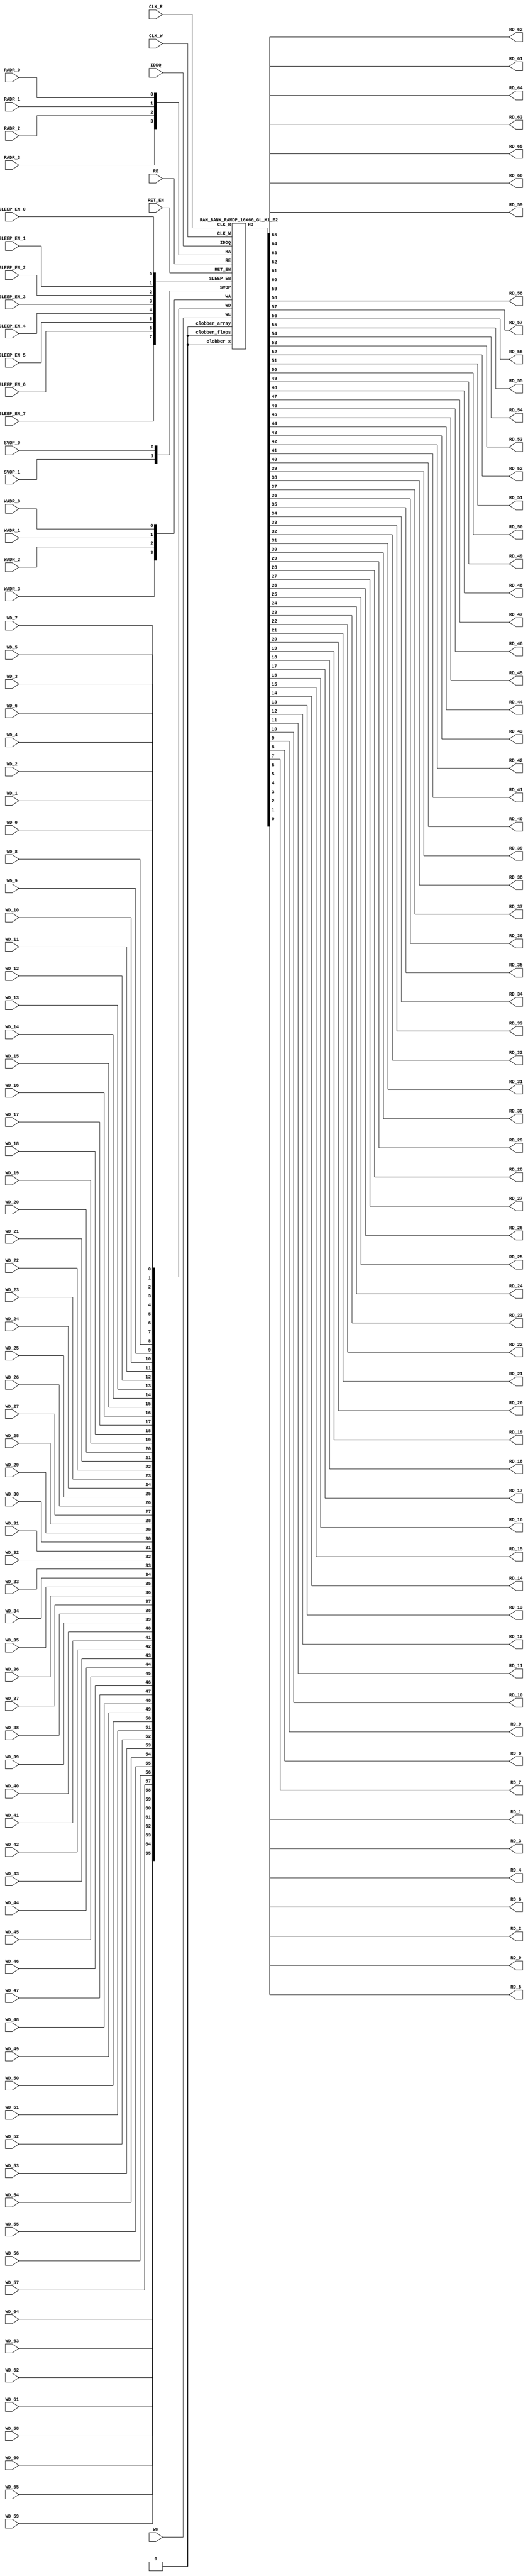
//RAM : RAMDP_16X66_GL_M1_E2
//Technology : TSMC16FFLR
//Compiler version: FINAL.1 - 2017-05-23.14:46:11
`timescale 10ps/1ps
`celldefine
module RAMDP_16X66_GL_M1_E2 (CLK_R, CLK_W, RE, WE
 , RADR_3, RADR_2, RADR_1, RADR_0
    , WADR_3, WADR_2, WADR_1, WADR_0
 , WD_65, WD_64, WD_63, WD_62, WD_61, WD_60, WD_59, WD_58, WD_57, WD_56, WD_55, WD_54, WD_53, WD_52, WD_51, WD_50, WD_49, WD_48, WD_47, WD_46, WD_45, WD_44, WD_43, WD_42, WD_41, WD_40, WD_39, WD_38, WD_37, WD_36, WD_35, WD_34, WD_33, WD_32, WD_31, WD_30, WD_29, WD_28, WD_27, WD_26, WD_25, WD_24, WD_23, WD_22, WD_21, WD_20, WD_19, WD_18, WD_17, WD_16, WD_15, WD_14, WD_13, WD_12, WD_11, WD_10, WD_9, WD_8, WD_7, WD_6, WD_5, WD_4, WD_3, WD_2, WD_1, WD_0
 , RD_65, RD_64, RD_63, RD_62, RD_61, RD_60, RD_59, RD_58, RD_57, RD_56, RD_55, RD_54, RD_53, RD_52, RD_51, RD_50, RD_49, RD_48, RD_47, RD_46, RD_45, RD_44, RD_43, RD_42, RD_41, RD_40, RD_39, RD_38, RD_37, RD_36, RD_35, RD_34, RD_33, RD_32, RD_31, RD_30, RD_29, RD_28, RD_27, RD_26, RD_25, RD_24, RD_23, RD_22, RD_21, RD_20, RD_19, RD_18, RD_17, RD_16, RD_15, RD_14, RD_13, RD_12, RD_11, RD_10, RD_9, RD_8, RD_7, RD_6, RD_5, RD_4, RD_3, RD_2, RD_1, RD_0
    , IDDQ
 , SVOP_1, SVOP_0
    , SLEEP_EN_7, SLEEP_EN_6, SLEEP_EN_5, SLEEP_EN_4, SLEEP_EN_3, SLEEP_EN_2, SLEEP_EN_1, SLEEP_EN_0, RET_EN
);
// nvProps NoBus SLEEP_EN_
`ifndef RAM_INTERFACE
`ifndef EMULATION
`ifndef SYNTHESIS
// Physical ram size defined as localparam
localparam phy_rows = 16;
localparam phy_cols = 66;
localparam phy_rcols_pos = 66'b0;
`endif //ndef SYNTHESIS
`endif //EMULATION
`endif //ndef RAM_INTERFACE
input CLK_R, CLK_W, RE, WE
 , RADR_3, RADR_2, RADR_1, RADR_0
    , WADR_3, WADR_2, WADR_1, WADR_0
 , WD_65, WD_64, WD_63, WD_62, WD_61, WD_60, WD_59, WD_58, WD_57, WD_56, WD_55, WD_54, WD_53, WD_52, WD_51, WD_50, WD_49, WD_48, WD_47, WD_46, WD_45, WD_44, WD_43, WD_42, WD_41, WD_40, WD_39, WD_38, WD_37, WD_36, WD_35, WD_34, WD_33, WD_32, WD_31, WD_30, WD_29, WD_28, WD_27, WD_26, WD_25, WD_24, WD_23, WD_22, WD_21, WD_20, WD_19, WD_18, WD_17, WD_16, WD_15, WD_14, WD_13, WD_12, WD_11, WD_10, WD_9, WD_8, WD_7, WD_6, WD_5, WD_4, WD_3, WD_2, WD_1, WD_0
    , SLEEP_EN_7, SLEEP_EN_6, SLEEP_EN_5, SLEEP_EN_4, SLEEP_EN_3, SLEEP_EN_2, SLEEP_EN_1, SLEEP_EN_0, RET_EN
    , IDDQ
 , SVOP_1, SVOP_0;
output RD_65, RD_64, RD_63, RD_62, RD_61, RD_60, RD_59, RD_58, RD_57, RD_56, RD_55, RD_54, RD_53, RD_52, RD_51, RD_50, RD_49, RD_48, RD_47, RD_46, RD_45, RD_44, RD_43, RD_42, RD_41, RD_40, RD_39, RD_38, RD_37, RD_36, RD_35, RD_34, RD_33, RD_32, RD_31, RD_30, RD_29, RD_28, RD_27, RD_26, RD_25, RD_24, RD_23, RD_22, RD_21, RD_20, RD_19, RD_18, RD_17, RD_16, RD_15, RD_14, RD_13, RD_12, RD_11, RD_10, RD_9, RD_8, RD_7, RD_6, RD_5, RD_4, RD_3, RD_2, RD_1, RD_0;
`ifndef RAM_INTERFACE
//assemble & rename wires
 wire [3:0] RA = {RADR_3, RADR_2, RADR_1, RADR_0};
 wire [3:0] WA = {WADR_3, WADR_2, WADR_1, WADR_0};
 wire [65:0] WD = {WD_65, WD_64, WD_63, WD_62, WD_61, WD_60, WD_59, WD_58, WD_57, WD_56, WD_55, WD_54, WD_53, WD_52, WD_51, WD_50, WD_49, WD_48, WD_47, WD_46, WD_45, WD_44, WD_43, WD_42, WD_41, WD_40, WD_39, WD_38, WD_37, WD_36, WD_35, WD_34, WD_33, WD_32, WD_31, WD_30, WD_29, WD_28, WD_27, WD_26, WD_25, WD_24, WD_23, WD_22, WD_21, WD_20, WD_19, WD_18, WD_17, WD_16, WD_15, WD_14, WD_13, WD_12, WD_11, WD_10, WD_9, WD_8, WD_7, WD_6, WD_5, WD_4, WD_3, WD_2, WD_1, WD_0};
 wire [65:0] RD;
 assign {RD_65, RD_64, RD_63, RD_62, RD_61, RD_60, RD_59, RD_58, RD_57, RD_56, RD_55, RD_54, RD_53, RD_52, RD_51, RD_50, RD_49, RD_48, RD_47, RD_46, RD_45, RD_44, RD_43, RD_42, RD_41, RD_40, RD_39, RD_38, RD_37, RD_36, RD_35, RD_34, RD_33, RD_32, RD_31, RD_30, RD_29, RD_28, RD_27, RD_26, RD_25, RD_24, RD_23, RD_22, RD_21, RD_20, RD_19, RD_18, RD_17, RD_16, RD_15, RD_14, RD_13, RD_12, RD_11, RD_10, RD_9, RD_8, RD_7, RD_6, RD_5, RD_4, RD_3, RD_2, RD_1, RD_0} = RD;
 wire [1:0] SVOP = {SVOP_1, SVOP_0};
    wire [7:0] SLEEP_EN = {SLEEP_EN_7, SLEEP_EN_6, SLEEP_EN_5, SLEEP_EN_4, SLEEP_EN_3, SLEEP_EN_2, SLEEP_EN_1, SLEEP_EN_0};
`ifndef EMULATION
`ifndef SYNTHESIS
//State point clobering signals:
    wire check_x = (SVOP_0 ^ SVOP_1);
    wire clobber_x;
    assign clobber_x = ((check_x === 1'bx) || (check_x === 1'bz)) ? 1'b1 : 1'b0;
    wire clobber_array = ((|SLEEP_EN) & ~RET_EN) | clobber_x;
    wire clobber_flops = (|SLEEP_EN) | clobber_x;
    integer i;
    always @(clobber_array) begin
      if (clobber_array) begin
      for (i=0; i<16; i=i+1) begin
          ITOP.io.array[i] <= 66'bx;
      end
      end
    end
//VCS coverage off
    always @(clobber_flops) begin
        if (clobber_flops) begin
        ITOP.we_lat <= 1'bx;
        ITOP.wa_lat <= 4'bx;
        ITOP.wd_lat <= 66'bx;
        ITOP.re_lat <= 1'bx;
        ITOP.ra_lat <= 4'bx;
        ITOP.io.r0_dout_tmp <= 66'b0;
        end
    end
//VCS coverage on
//VCS coverage off
`ifdef NV_RAM_ASSERT
//first reset signal for nv_assert_module:
    reg sim_reset;
    initial begin: init_sim_reset
        sim_reset = 0;
        #6 sim_reset = 1;
    end
    reg rst_clk;
    initial begin: init_rst_clk
        rst_clk = 0;
        #2 rst_clk = 1;
        #4 rst_clk = 0;
    end
//internal weclk|reclk gating signal:
    wire weclk_gating = ITOP.we_lat & ~IDDQ;
    wire reclk_gating = ITOP.re_lat & ~IDDQ;
//Assertion checks for power sequence of G-option RAMDP:
//weclk_gating after 2 clk
    reg weclk_gating_1p, weclk_gating_2p;
    always @(posedge CLK_W) begin
        weclk_gating_1p <= weclk_gating;
        weclk_gating_2p <= weclk_gating_1p;
    end
//reclk_gating after 2 clk
    reg reclk_gating_1p, reclk_gating_2p;
    always @(posedge CLK_R) begin
        reclk_gating_1p <= reclk_gating;
        reclk_gating_2p <= reclk_gating_1p;
    end
//RET_EN off after 2 CLK_W
    reg ret_en_w_1p, ret_en_w_2p;
    always @(posedge CLK_W or posedge RET_EN) begin
        if(RET_EN)
            begin
                ret_en_w_1p <= 1'b1;
                ret_en_w_2p <= 1'b1;
            end
        else
            begin
                ret_en_w_1p <= RET_EN;
                ret_en_w_2p <= ret_en_w_1p;
            end
    end
//RET_EN off after 2 CLK_R
    reg ret_en_r_1p, ret_en_r_2p;
    always @(posedge CLK_R or posedge RET_EN) begin
        if(RET_EN)
            begin
                ret_en_r_1p <= 1'b1;
                ret_en_r_2p <= 1'b1;
            end
        else
            begin
                ret_en_r_1p <= RET_EN;
                ret_en_r_2p <= ret_en_r_1p;
            end
    end
    wire sleep_en_or = (|SLEEP_EN) ;
//SLEEP_EN off after 2 CLK_W
    reg sleep_en_off_w_1p, sleep_en_off_w_2p;
    always @(posedge CLK_W or posedge sleep_en_or) begin
        if(sleep_en_or)
            begin
                sleep_en_off_w_1p <= 1'b1;
                sleep_en_off_w_2p <= 1'b1;
            end
        else
            begin
                sleep_en_off_w_1p <= sleep_en_or;
                sleep_en_off_w_2p <= sleep_en_off_w_1p;
            end
    end
//SLEEP_EN off after 2 CLK_R
    reg sleep_en_off_r_1p, sleep_en_off_r_2p;
    always @(posedge CLK_R or posedge sleep_en_or) begin
        if(sleep_en_or)
            begin
                sleep_en_off_r_1p <= 1'b1;
                sleep_en_off_r_2p <= 1'b1;
            end
        else
            begin
                sleep_en_off_r_1p <= |sleep_en_or;
                sleep_en_off_r_2p <= sleep_en_off_r_1p;
            end
    end
//#1 From function mode to retention mode:
//Power-S1.1:illegal assert RET_EN after asserting SLEEP_EN
    wire disable_power_assertion_S1P1 = $test$plusargs("disable_power_assertions_globally") | $test$plusargs("disable_power_assertion_assert_RET_EN_after_SLEEP_EN_on_when_function2retention");
    nv_assert_never #(0,0, "Power-S1.1:illegal assert RET_EN after asserting SLEEP_EN") inst_S1P1 (RET_EN ^ rst_clk, ~disable_power_assertion_S1P1 & sim_reset, (|SLEEP_EN));
//Power-S1.2:illegal assert RET_EN without 2 nop-CLK
    wire disable_power_assertion_S1P2 = $test$plusargs("disable_power_assertions_globally") | $test$plusargs("disable_power_assertion_assert_RET_EN_without_2_nop_CLK");
    nv_assert_never #(0,0, "Power-S1.2:illegal assert RET_EN without 2 nop-CLK") inst_S1P2 (RET_EN ^ rst_clk, ~disable_power_assertion_S1P2 & sim_reset, weclk_gating | weclk_gating_1p | weclk_gating_2p | reclk_gating | reclk_gating_1p | reclk_gating_2p);
//#2 From retention mode to function mode:
//Power-S2.1:illegal write without 2 nop-CLK after de-asserting RET_EN
    wire disable_power_assertion_S2P1 = $test$plusargs("disable_power_assertions_globally") | $test$plusargs("disable_power_assertion_write_without_2_nop_CLK_after_retention2function");
    nv_assert_never #(0,0, "Power-S2.1:illegal write without 2 nop-CLK after de-asserting RET_EN") inst_S2P1 (CLK_W ^ rst_clk, ~disable_power_assertion_S2P1 & sim_reset, ~RET_EN & ret_en_w_2p & weclk_gating);
//Power-S2.2:illegal read without 2 nop-CLK after de-asserting RET_EN
    wire disable_power_assertion_S2P2 = $test$plusargs("disable_power_assertions_globally") | $test$plusargs("disable_power_assertion_read_without_2_nop_CLK_after_retention2function");
    nv_assert_never #(0,0, "Power-S2.2:illegal read without 2 nop-CLK after de-asserting RET_EN") inst_S2P2 (CLK_R ^ rst_clk, ~disable_power_assertion_S2P2 & sim_reset, ~RET_EN & ret_en_r_2p & reclk_gating);
//#3 From function mode to sleep mode:
//Power-S3.2:illegal assert SLEEP_EN without 2 nop-CLK
    wire disable_power_assertion_S3P2 = $test$plusargs("disable_power_assertions_globally") | $test$plusargs("disable_power_assertion_assert_SLEEP_EN_without_2_nop_CLK");
    nv_assert_never #(0,0, "Power-S3.2:illegal assert SLEEP_EN without 2 nop-CLK") inst_S3P2 ((|SLEEP_EN) ^ rst_clk, ~disable_power_assertion_S3P2 & sim_reset, weclk_gating | weclk_gating_1p | weclk_gating_2p | reclk_gating | reclk_gating_1p | reclk_gating_2p);
//#4 From sleep mode to function mode:
//Power-S4.1:illegal write without 2 nop-CLK after switching from sleep mode to function mode
    wire disable_power_assertion_S4P1 = $test$plusargs("disable_power_assertions_globally") | $test$plusargs("disable_power_assertion_write_without_2_nop_CLK_after_sleep2function");
    nv_assert_never #(0,0, "Power-S4.1:illegal write without 2 nop-CLK after switching from sleep mode to function mode") inst_S4P1 (CLK_W ^ rst_clk, ~disable_power_assertion_S4P1 & sim_reset, ~(|SLEEP_EN) & sleep_en_off_w_2p & weclk_gating);
//Power-S4.2:illegal read without 2 nop-CLK after switching from sleep mode to function mode
    wire disable_power_assertion_S4P2 = $test$plusargs("disable_power_assertions_globally") | $test$plusargs("disable_power_assertion_read_without_2_nop_after_sleep2function");
    nv_assert_never #(0,0, "Power-S4.2:illegal read without 2 nop-CLK after switching from sleep mode to function mode") inst_S4P2 (CLK_R ^ rst_clk, ~disable_power_assertion_S4P2 & sim_reset, ~(|SLEEP_EN) & sleep_en_off_r_2p & reclk_gating);
`endif //NV_RAM_ASSERT
//VCS coverage on
`ifdef NV_RAM_EXPAND_ARRAY
  wire [66-1:0] Q_15 = ITOP.io.array[15];
  wire [66-1:0] Q_14 = ITOP.io.array[14];
  wire [66-1:0] Q_13 = ITOP.io.array[13];
  wire [66-1:0] Q_12 = ITOP.io.array[12];
  wire [66-1:0] Q_11 = ITOP.io.array[11];
  wire [66-1:0] Q_10 = ITOP.io.array[10];
  wire [66-1:0] Q_9 = ITOP.io.array[9];
  wire [66-1:0] Q_8 = ITOP.io.array[8];
  wire [66-1:0] Q_7 = ITOP.io.array[7];
  wire [66-1:0] Q_6 = ITOP.io.array[6];
  wire [66-1:0] Q_5 = ITOP.io.array[5];
  wire [66-1:0] Q_4 = ITOP.io.array[4];
  wire [66-1:0] Q_3 = ITOP.io.array[3];
  wire [66-1:0] Q_2 = ITOP.io.array[2];
  wire [66-1:0] Q_1 = ITOP.io.array[1];
  wire [66-1:0] Q_0 = ITOP.io.array[0];
`endif //def NV_RAM_EXPAND_ARRAY
//VCS coverage off
`ifdef MONITOR
task monitor_on;
    begin
        ITOP.io.monitor_on = 1'b1;
    end
endtask
task monitor_off;
    begin
        ITOP.io.monitor_on = 1'b0;
        ITOP.io.dump_monitor_result = 1'b1;
    end
endtask
`endif//def MONITOR
//VCS coverage on
//VCS coverage off
task mem_fill_value;
input fill_bit;
integer i;
begin
    for (i=0; i<16; i=i+1) begin
     ITOP.io.array[i] = {66{fill_bit}};
    end
end
endtask
task mem_fill_random;
integer i;
integer j;
reg [65:0] val;
begin
    for (j=0; j<16; j=j+1) begin
        for (i=0; i<66; i=i+1) begin
            val[i] = {$random};
        end
     ITOP.io.array[j] = val;
    end
end
endtask
task mem_write;
  input [3:0] addr;
  input [65:0] data;
  begin
     ITOP.io.mem_wr_raw(addr,data);
  end
endtask
function [65:0] mem_read;
  input [3:0] addr;
  begin
 mem_read = ITOP.io.mem_read_raw(addr);
  end
endfunction
task force_rd;
  input [3:0] addr;
  begin
 ITOP.io.r0_dout_tmp = ITOP.io.array[addr];
  end
endtask
`ifdef MEM_PHYS_INFO
task mem_phys_write;
  input [3:0] addr;
  input [65:0] data;
  begin
     ITOP.io.mem_wr_raw(addr,data);
  end
endtask
function [65:0] mem_phys_read_padr;
  input [3:0] addr;
  begin
 mem_phys_read_padr = ITOP.io.mem_read_raw(addr);
  end
endfunction
function [3:0] mem_log_to_phys_adr;
    input [3:0] addr;
    begin
    mem_log_to_phys_adr = addr;
    end
endfunction
function [65:0] mem_phys_read_pmasked;
  input [3:0] addr;
  begin
 mem_phys_read_pmasked = ITOP.io.mem_read_raw(addr);
  end
endfunction
function [65:0] mem_phys_read_ladr;
  input [3:0] addr;
  begin
 mem_phys_read_ladr = mem_phys_read_padr(mem_log_to_phys_adr(addr));
  end
endfunction
`endif //def MEM_PHYS_INFO
`ifdef FAULT_INJECTION
task mem_fault_no_write;
  input [65:0] fault_mask;
   begin
    ITOP.io.mem_fault_no_write(fault_mask);
  end
endtask
task mem_fault_stuck_0;
  input [65:0] fault_mask;
  integer i;
   begin
    ITOP.io.mem_fault_stuck_0(fault_mask);
   end
endtask
task mem_fault_stuck_1;
  input [65:0] fault_mask;
  integer i;
   begin
    ITOP.io.mem_fault_stuck_1(fault_mask);
  end
endtask
task set_bit_fault_stuck_0;
  input r;
  input c;
  integer r;
  integer c;
    ITOP.io.set_bit_fault_stuck_0(r,c);
endtask
task set_bit_fault_stuck_1;
  input r;
  input c;
  integer r;
  integer c;
    ITOP.io.set_bit_fault_stuck_1(r,c);
endtask
task clear_bit_fault_stuck_0;
  input r;
  input c;
  integer r;
  integer c;
    ITOP.io.clear_bit_fault_stuck_0(r,c);
endtask
task clear_bit_fault_stuck_1;
  input r;
  input c;
  integer r;
  integer c;
    ITOP.io.clear_bit_fault_stuck_1(r,c);
endtask
//VCS coverage on
`endif //def FAULT_INJECTION
`else //def SYNTHESIS
    wire clobber_x;
    assign clobber_x = 1'b0;
    wire clobber_array = 1'b0;
    wire clobber_flops = 1'b0;
`endif //ndef SYNTHESIS
//instantiate memory bank
 RAM_BANK_RAMDP_16X66_GL_M1_E2 ITOP (
  .RE(RE),
  .WE(WE),
  .RA(RA),
  .WA(WA),
  .CLK_R(CLK_R),
  .CLK_W(CLK_W),
  .IDDQ(IDDQ),
  .SVOP(SVOP),
  .WD(WD),
  .RD(RD),
  .SLEEP_EN(SLEEP_EN),
        .RET_EN(RET_EN),
        .clobber_flops(clobber_flops),
        .clobber_array(clobber_array),
        .clobber_x(clobber_x)
 );
//VCS coverage off
`else //def EMULATION
// Simple emulation model without MBIST, SCAN or REDUNDANCY
//common part for write
     reg we_ff;
        reg [3:0] wa_ff;
        reg [65:0] wd_ff;
     always @(posedge CLK_W) begin // spyglass disable W391
                we_ff <= WE;
                wa_ff <= WA;
                wd_ff <= WD;
     end
//common part for read
     reg re_lat;
        always @(*) begin
      if (!CLK_R) begin
                re_lat <= RE; // spyglass disable W18
      end
     end
     wire reclk = CLK_R & re_lat;
     reg [3:0] ra_ff;
     always @(posedge CLK_R) begin // spyglass disable W391
       ra_ff <= RA;
     end
        reg [65:0] dout;
        assign RD = dout;
//memory array
     reg [65:0] array[0:15];
     always @(negedge CLK_W ) begin
            if (we_ff) begin
       array[wa_ff] <= wd_ff; // spyglass disable SYNTH_5130
            end
     end
     always @(*) begin
      if (reclk) begin
       dout <= array[ra_ff]; // spyglass disable SYNTH_5130, W18
      end
     end
// End of the simple emulation model
`endif //def EMULATION
//VCS coverage on
`endif //ndef RAM_INTERFACE
endmodule
`endcelldefine
/////////////////////////////////////////////////////////////////////////////////////////////////////////////////////////////////
/////////////////////////////// memory bank block : defines internal logic of the RAMDP /////////////////////////////////////////
/////////////////////////////////////////////////////////////////////////////////////////////////////////////////////////////////
`ifndef RAM_INTERFACE
`ifndef EMULATION
module RAM_BANK_RAMDP_16X66_GL_M1_E2 (RE, WE, RA, WA, CLK_R, CLK_W, IDDQ, SVOP, WD, RD, SLEEP_EN, RET_EN, clobber_flops, clobber_array, clobber_x
);
input RET_EN;
input RE, WE, CLK_R, CLK_W, IDDQ;
input [3:0] RA, WA;
input [65:0] WD;
input [1:0] SVOP;
input [7:0] SLEEP_EN;
input clobber_flops, clobber_array, clobber_x;
output [65:0] RD;
//State point clobering signals:
    wire output_valid = ~(clobber_x | (|SLEEP_EN));
    wire clamp_o = SLEEP_EN[7] | RET_EN;
//common part for write
    wire clk_w_iddq = CLK_W & ~IDDQ & ~clamp_o;
 reg we_lat;
 always @(*) begin
  if (!clk_w_iddq & !clobber_flops) begin
   we_lat <= WE; // spyglass disable W18, IntClock
  end
 end
// weclk with posedge 1 dly | negedge 2 dly
    wire weclk, weclk_d0, weclk_d1, weclk_d2;
    assign weclk_d0 = clk_w_iddq & we_lat & ~clobber_flops & ~clobber_array;
    assign #1 weclk_d1 = weclk_d0;
    assign #1 weclk_d2 = weclk_d1;
    assign weclk = weclk_d1 | weclk_d2; // spyglass disable GatedClock
// wadclk with posedge 0 dly | negedge 3 dly
    wire wadclk, wadclk_d0, wadclk_d1, wadclk_d2, wadclk_d3;
    assign wadclk_d0 = clk_w_iddq & we_lat;
    assign #1 wadclk_d1 = wadclk_d0;
    assign #1 wadclk_d2 = wadclk_d1;
    assign #1 wadclk_d3 = wadclk_d2;
    assign wadclk = wadclk_d0 | wadclk_d1 | wadclk_d2 | wadclk_d3;
// wdclk with posedge 0 dly | negedge 3 dly
    wire wdclk, wdclk_d0, wdclk_d1, wdclk_d2, wdclk_d3;
    assign wdclk_d0 = clk_w_iddq & we_lat;
    assign #1 wdclk_d1 = wdclk_d0;
    assign #1 wdclk_d2 = wdclk_d1;
    assign #1 wdclk_d3 = wdclk_d2;
    assign wdclk = wdclk_d0 | wdclk_d1 | wdclk_d2 | wdclk_d3;
    reg [3:0] wa_lat;
 always @(*) begin
  if (!wadclk & !clobber_flops) begin
   wa_lat <= WA; // spyglass disable W18, IntClock
  end
 end
 reg [65:0] wd_lat;
 always @(*) begin
  if (!wdclk & !clobber_flops) begin
   wd_lat <= WD; // spyglass disable W18, IntClock
  end
 end
//common part for read
 reg re_lat;
 always @(*) begin
  if (!CLK_R & !clobber_flops) begin
   re_lat <= RE; // spyglass disable W18, IntClock
  end
 end
// reclk with posedge 1 dly | negedge 0 dly
    wire reclk, reclk_d0, reclk_d1;
    assign reclk_d0 = CLK_R & ~IDDQ & re_lat & ~clamp_o;
    assign #1 reclk_d1 = reclk_d0;
    assign reclk = reclk_d0 & reclk_d1; // spyglass disable GatedClock
// radclk with posedge 0 dly | negedge 1 dly
    wire radclk, radclk_d0, radclk_d1;
    assign radclk_d0 = CLK_R & ~IDDQ & re_lat & ~clamp_o;
    assign #1 radclk_d1 = radclk_d0;
    assign radclk = radclk_d0 | radclk_d1;
 reg [3:0] ra_lat;
 always @(*) begin
  if (!radclk & !clobber_flops) begin
   ra_lat <= RA; // spyglass disable W18, IntClock
  end
 end
 wire [65:0] dout;
 assign RD = clamp_o ? 66'b0 : (output_valid ? dout : 66'bx); //spyglass disable STARC-2.10.1.6
//for E-option RAM
 vram_RAMDP_16X66_GL_M1_E2 # (16, 66, 4) io (
  .w0_addr(wa_lat),
  .w0_clk(weclk),
  .w0_bwe({66{1'b1}}),
  .w0_din(wd_lat),
  .r0_addr(ra_lat),
  .r0_clk(reclk),
  .r0_dout(dout),
        .clamp_o(clamp_o)
 );
endmodule
`endif //ndef EMULATION
`endif //ndef RAM_INTERFACE
/////////////////////////////////////////////////////////////////////////////////////////////////////////////////////////////////
///////////////////////////////  ram primitive : defines 2D behavioral memory array of the RAMDP ////////////////////////////////
/////////////////////////////////////////////////////////////////////////////////////////////////////////////////////////////////
`ifndef RAM_INTERFACE
`ifndef EMULATION
module vram_RAMDP_16X66_GL_M1_E2 (
 w0_addr,
 w0_clk,
 w0_bwe,
 w0_din,
 r0_addr,
 r0_clk,
 r0_dout,
    clamp_o
);
parameter words = 16;
parameter bits = 66;
parameter addrs = 4;
input [addrs-1:0] w0_addr;
input w0_clk;
input [bits-1:0] w0_din;
input [bits-1:0] w0_bwe;
input [addrs-1:0] r0_addr;
input r0_clk;
input clamp_o;
output [bits-1:0] r0_dout;
integer a;
`ifndef SYNTHESIS
`ifdef FAULT_INJECTION
// regs for inducing faults
 reg [bits-1:0] fault_no_write; // block writes to this column
 reg [bits-1:0] fault_stuck_0; // column always reads as 0
 reg [bits-1:0] fault_stuck_1; // column always reads as 1
 reg [bits-1:0] bit_fault_stuck_0[0:words-1]; // column always reads as 0
 reg [bits-1:0] bit_fault_stuck_1[0:words-1]; // column always reads as 1
 initial begin : init_bit_fault_stuck
   integer i;
   integer j;
   fault_no_write = {bits{1'b0}};
   fault_stuck_0 = {bits{1'b0}};
   fault_stuck_1 = {bits{1'b0}};
   for (i=0; i<=words; i=i+1) begin
       bit_fault_stuck_0[i] = {bits{1'b0}};
       bit_fault_stuck_1[i] = {bits{1'b0}};
   end
 end
`endif //def FAULT_INJECTION
`ifdef MONITOR
//VCS coverage off
// monitor variables
reg monitor_on;
reg dump_monitor_result;
// this monitors coverage including redundancy cols
// 1'bx = not accessed
// 1'b0 = accessed as a 0
// 1'b1 = accessed as a 1
// 1'bz = accessed as both 0 and 1
reg [bits-1:0] bit_written[0:words-1];
reg [bits-1:0] bit_read[0:words-1];
initial begin : init_monitor
  monitor_on = 1'b0;
  dump_monitor_result = 1'b0;
  for(a=0;a<words;a=a+1) begin
      bit_written[a] = {bits{1'bx}};
      bit_read[a] = {bits{1'bx}};
  end
end
always @(dump_monitor_result) begin : dump_monitor
    integer r;
 integer c;
    integer b;
 reg [66-1:0] tmp_row;
     if (dump_monitor_result == 1'b1) begin
      $display("Exercised coverage summary:");
      $display("\t%m bits not written as 0:");
      for (r=0; r<16; r=r+1) begin
          tmp_row = bit_written[r];
       for (c=0; c<66; c=c+1) begin
        if (tmp_row[c] !== 1'b0 && tmp_row[c] !== 1'bz) $display("\t\t[row,col] [%d,%d]", r, c);
       end
      end
            $display("\t%m bits not written as 1:");
      for (r=0; r<16; r=r+1) begin
          tmp_row = bit_written[r];
       for (c=0; c<66; c=c+1) begin
        if (tmp_row[c] !== 1'b1 && tmp_row[c] !== 1'bz) $display("\t\t[row,col] [%d,%d]", r, c);
       end
      end
      $display("\t%m bits not read as 0:");
      for (r=0; r<16; r=r+1) begin
          tmp_row = bit_read[r];
       for (c=0; c<66; c=c+1) begin
        if (tmp_row[c] !== 1'b0 && tmp_row[c] !== 1'bz) $display("\t\t[row,col] [%d,%d]", r, c);
       end
      end
      $display("\t%m bits not read as 1:");
      for (r=0; r<16; r=r+1) begin
          tmp_row = bit_read[r];
       for (c=0; c<66; c=c+1) begin
        if (tmp_row[c] !== 1'b1 && tmp_row[c] !== 1'bz) $display("\t\t[row,col] [%d,%d]", r, c);
       end
      end
        end
 dump_monitor_result = 1'b0;
end
//VCS coverage on
`endif //MONITOR
`endif //ndef SYNTHESIS
//memory array
 reg [bits-1:0] array[0:words-1];
// Bit write enable
`ifndef SYNTHESIS
    `ifdef FAULT_INJECTION
        wire [bits-1:0] bwe_with_fault = w0_bwe & ~fault_no_write;
        wire [bits-1:0] re_with_fault = ~(bit_fault_stuck_1[r0_addr] | bit_fault_stuck_0[r0_addr]);
    `else
        wire [bits-1:0] bwe_with_fault = w0_bwe;
        wire [bits-1:0] re_with_fault = {bits{1'b1}};
    `endif //def FAULT_INJECTION
`else
    wire [bits-1:0] bwe_with_fault = w0_bwe;
`endif //SYNTHESIS
//write function
    wire [bits-1:0] bitclk = {bits{w0_clk}} & bwe_with_fault;
    genvar idx;
    generate
        for (idx=0; idx<bits; idx=idx+1)
        begin : write
            always @(bitclk[idx] or w0_clk or w0_addr or w0_din[idx])
            begin
                if (bitclk[idx] && w0_clk)
                begin
                    array[w0_addr][idx] <= w0_din[idx]; // spyglass disable SYNTH_5130, W18
                    `ifndef SYNTHESIS
                    `ifdef MONITOR
//VCS coverage off
                    if (monitor_on) begin
         case (bit_written[w0_addr][idx])
             1'bx: bit_written[w0_addr][idx] = w0_din[idx];
             1'b0: bit_written[w0_addr][idx] = w0_din[idx] == 1 ? 1'bz : 1'b0;
             1'b1: bit_written[w0_addr][idx] = w0_din[idx] == 0 ? 1'bz : 1'b1;
             1'bz: bit_written[w0_addr][idx] = 1'bz;
         endcase
                    end
//VCS coverage on
                    `endif //MONITOR	    
                    `endif //SYNTHESIS	
                end
            end
        end
    endgenerate
//read function
 wire [bits-1:0] r0_arr;
`ifndef SYNTHESIS
    `ifdef FAULT_INJECTION
     assign r0_arr = (array[r0_addr] | bit_fault_stuck_1[r0_addr]) & ~bit_fault_stuck_0[r0_addr]; //read fault injection
    `else
     assign r0_arr = array[r0_addr];
    `endif //def FAULT_INJECTION
`else
    assign r0_arr = array[r0_addr]; // spyglass disable SYNTH_5130
`endif //def SYNTHESIS
    wire r0_clk_d0p1, r0_clk_read, r0_clk_reset_collision;
    assign #0.1 r0_clk_d0p1 = r0_clk;
    assign r0_clk_read = r0_clk_d0p1 & r0_clk; // spyglass disable GatedClock
    assign r0_clk_reset_collision = r0_clk | r0_clk_d0p1; // spyglass disable W402b
`ifndef SYNTHESIS
`ifdef MONITOR
//VCS coverage off
    always @(r0_clk_read) begin
        if (monitor_on) begin
            for (a=0; a<bits; a=a+1) begin
             if (re_with_fault[a] && r0_clk_read) begin
                 case (bit_read[r0_addr][a])
               1'bx: bit_read[r0_addr][a] = array[r0_addr][a];
            1'b0: bit_read[r0_addr][a] = array[r0_addr][a] == 1 ? 1'bz : 1'b0;
            1'b1: bit_read[r0_addr][a] = array[r0_addr][a] == 0 ? 1'bz : 1'b1;
            1'bz: bit_read[r0_addr][a] = 1'bz;
              endcase
             end
         end
        end
    end
//VCS coverage on
`endif //MONITOR
`endif //SYNTHESIS
 reg [bits-1:0] collision_ff;
    wire [bits-1:0] collision_ff_clk = {bits{w0_clk}} & {bits{r0_clk_read}} & {bits{r0_addr==w0_addr}} & bwe_with_fault; //spyglass disable GatedClock
    genvar bw;
    generate
        for (bw=0; bw<bits; bw=bw+1)
        begin : collision
         always @(posedge collision_ff_clk[bw] or negedge r0_clk_reset_collision) begin
                if (!r0_clk_reset_collision)
                    begin
                        collision_ff[bw] <= 1'b0;
                    end
                else
                    begin
                        collision_ff[bw] <= 1'b1;
                    end
            end
        end
    endgenerate
 reg [bits-1:0] r0_dout_tmp;
 always @(*)
 begin
     if (r0_clk_read) begin
            for (a=0; a<bits; a=a+1) begin
                r0_dout_tmp[a] <= ( collision_ff[a] | (r0_addr==w0_addr & w0_clk & bwe_with_fault[a]) ) ? 1'bx : r0_arr[a] & ~clamp_o; //spyglass disable STARC-2.10.1.6, W18
            end
        end
    end
    wire [bits-1:0] r0_dout = r0_dout_tmp & {bits{~clamp_o}};
`ifndef SYNTHESIS
//VCS coverage off
task mem_wr_raw;
  input [addrs-1:0] addr;
  input [bits-1:0] data;
  begin
    array[addr] = data;
  end
endtask
function [bits-1:0] mem_read_raw;
input [addrs-1:0] addr;
 mem_read_raw = array[addr];
endfunction
`ifdef FAULT_INJECTION
// induce faults on columns
task mem_fault_no_write;
  input [bits-1:0] fault_mask;
   begin
    fault_no_write = fault_mask;
  end
endtask
task mem_fault_stuck_0;
  input [bits-1:0] fault_mask;
  integer i;
   begin
    for ( i=0; i<words; i=i+1 ) begin
      bit_fault_stuck_0[i] = fault_mask;
    end
  end
endtask
task mem_fault_stuck_1;
  input [bits-1:0] fault_mask;
  integer i;
   begin
    for ( i=0; i<words; i=i+1 ) begin
      bit_fault_stuck_1[i] = fault_mask;
    end
  end
endtask
task set_bit_fault_stuck_0;
  input r;
  input c;
  integer r;
  integer c;
  bit_fault_stuck_0[r][c] = 1;
endtask
task set_bit_fault_stuck_1;
  input r;
  input c;
  integer r;
  integer c;
  bit_fault_stuck_1[r][c] = 1;
endtask
task clear_bit_fault_stuck_0;
  input r;
  input c;
  integer r;
  integer c;
  bit_fault_stuck_0[r][c] = 0;
endtask
task clear_bit_fault_stuck_1;
  input r;
  input c;
  integer r;
  integer c;
  bit_fault_stuck_1[r][c] = 0;
endtask
//VCS coverage on
`endif //def FAULT_INJECTION
`endif //ndef SYNTHESIS
endmodule
`endif //ndef EMULATION
`endif //ndef RAM_INTERFACE